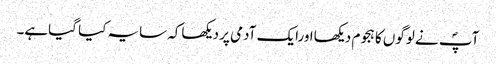
آپؐ نے لوگوں کا ہجوم دیکھااورایک آدمی پر دیکھاکہ سایہ کیا گیاہے۔